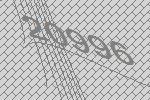
20996